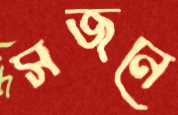
সজনে